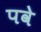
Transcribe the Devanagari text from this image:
पवे